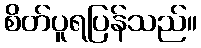
စိတ်ပူရပြန်သည်။